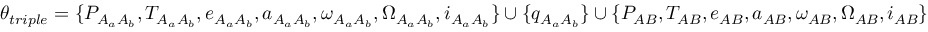
\theta _ { t r i p l e } = \{ P _ { A _ { a } A _ { b } } , T _ { A _ { a } A _ { b } } , e _ { A _ { a } A _ { b } } , a _ { A _ { a } A _ { b } } , \omega _ { A _ { a } A _ { b } } , \Omega _ { A _ { a } A _ { b } } , i _ { A _ { a } A _ { b } } \} \cup \{ q _ { A _ { a } A _ { b } } \} \cup \{ P _ { A B } , T _ { A B } , e _ { A B } , a _ { A B } , \omega _ { A B } , \Omega _ { A B } , i _ { A B } \}